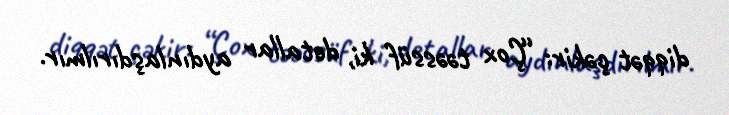
diqqət çəkir: “Çox təəssüf ki, detallar aydınlaşdırılmır.